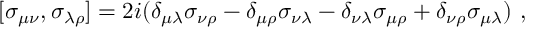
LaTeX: [ \sigma _ { \mu \nu } , \sigma _ { \lambda \rho } ] = 2 i ( \delta _ { \mu \lambda } \sigma _ { \nu \rho } - \delta _ { \mu \rho } \sigma _ { \nu \lambda } - \delta _ { \nu \lambda } \sigma _ { \mu \rho } + \delta _ { \nu \rho } \sigma _ { \mu \lambda } ) \ ,